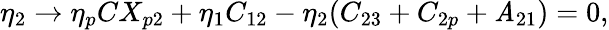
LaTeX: \eta_{2}\rightarrow\eta_{p}CX_{p2}+\eta_{1}C_{12}-\eta_{2}(C_{23}+C_{2p}+\mathit{A}_{21})=0,